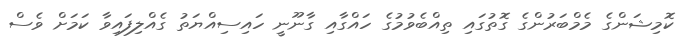
ކޮމިޝަންގެ މެމްބަރުންގެ ގޮތުގައި ތިއްބެވުމުގެ ހައްގާއި ގާނޫނީ ހައިސިއްޔަތު ގެއްލިފައިވާ ކަމަށް ވެސް